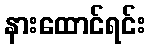
နားထောင်ရင်း